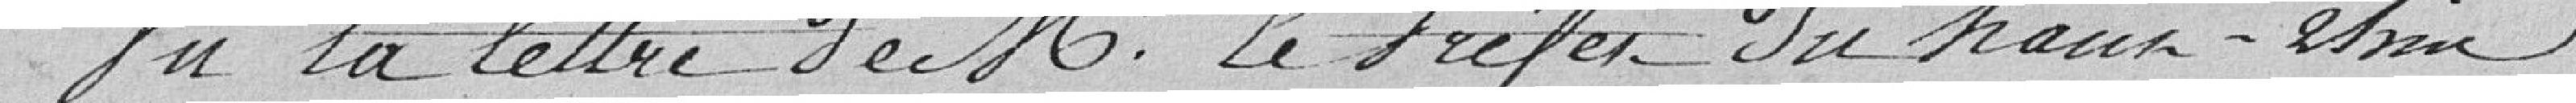
Vu la lettre de M. le Préfet du haut- ....